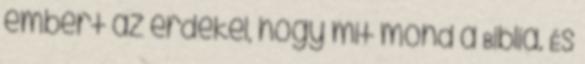
embert az érdekel, hogy mit mond a Biblia. És